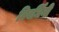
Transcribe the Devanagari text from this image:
विवर्धिनी